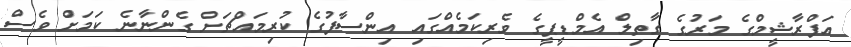
އަފްރާޝީމްގެ މަރުގެ ގާތިލް އެމްޑީޕީގެ ވެރިކަމެއްގައި އިންސާފުގެ ކުރިމައްޗަށް ގެންނާނެ ކަމަށް ވެސް